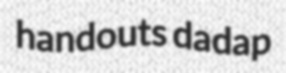
handouts dadap